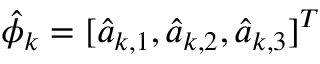
{ \hat { \phi } } _ { \boldsymbol { k } } = [ { \hat { a } } _ { { \boldsymbol { k } } , 1 } , { \hat { a } } _ { { \boldsymbol { k } } , 2 } , { \hat { a } } _ { { \boldsymbol { k } } , 3 } ] ^ { T }